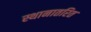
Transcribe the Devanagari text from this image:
स्थानातरित